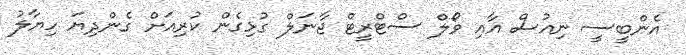
އެންބީސީ ނިއުސް އާއި ވޯލް ސްޓްރީޓް ޖާނަލް ގުޅިގެން ކުރިއަށް ގެންދިޔަ ހިޔާލު